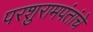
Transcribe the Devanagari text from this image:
परशुरामपंतांचे